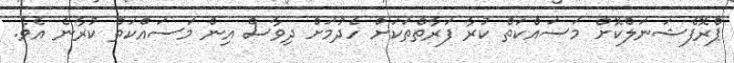
ޕްރޮފެޝަނަލްކޮށް މަސައްކަތް ކުރާ ފަރާތްތަކަށް ހެދުމަށް ދިވާސް އިން މަސައްކަތް ކުރާނެ އެވެ.